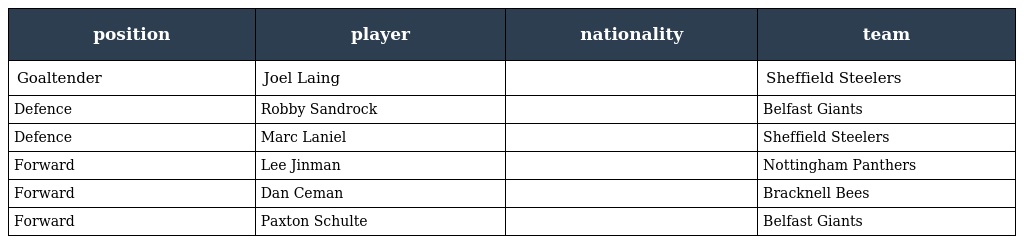
| position | player | nationality | team |
 | --- | --- | --- | --- |
 | Goaltender | Joel Laing |  | Sheffield Steelers |
 | Defence | Robby Sandrock |  | Belfast Giants |
 | Defence | Marc Laniel |  | Sheffield Steelers |
 | Forward | Lee Jinman |  | Nottingham Panthers |
 | Forward | Dan Ceman |  | Bracknell Bees |
 | Forward | Paxton Schulte |  | Belfast Giants |